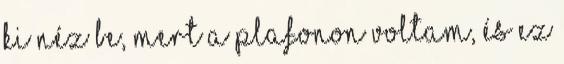
ki néz be, mert a plafonon voltam, és ez